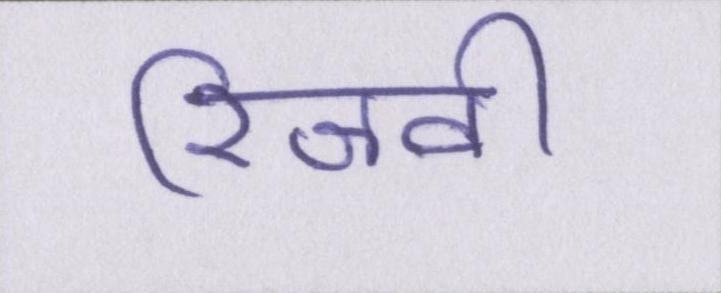
रिजवी